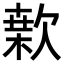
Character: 𣤂